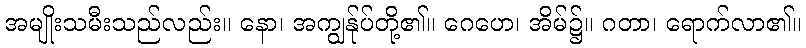
အမျိုးသမီးသည်လည်း။ နော၊ အကျွန်ုပ်တို့၏။ ဂေဟေ၊ အိမ်၌။ ဂတာ၊ ရောက်လာ၏။